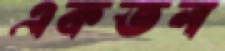
একতল